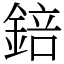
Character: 錇